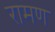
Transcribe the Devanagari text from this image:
रामण